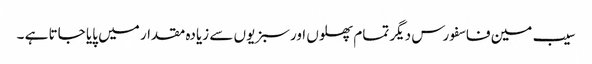
سیب مین فاسفورس دیگر تمام پھلوں اورسبزیوں سے زیادہ مقدار میں پایا جاتا ہے ۔